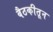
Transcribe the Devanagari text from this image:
बैठकीतून